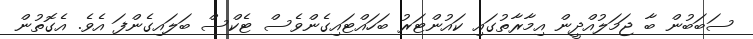
ސަބަބުން ބާ ޖަމަލުއްދީން އިމާރާތުގައި ކައުންޓަރު ބަހައްޓައިގެންވެސް ޓެކްސް ބަލައިގެންފަ އެވެ. އެގޮތުން